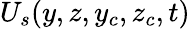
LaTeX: U_{s}(y,z,y_{c},z_{c},t)